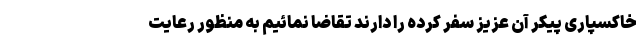
خاکسپاری پیکر آن عزیز سفر کرده را دارند تقاضا نمائیم به منظور رعایت